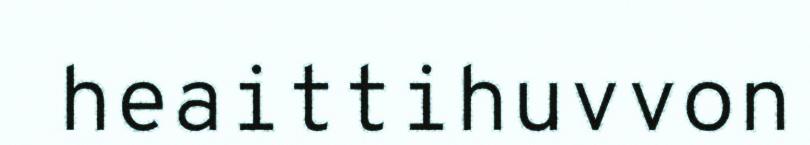
heaittihuvvon